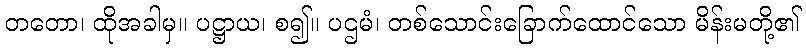
တတော၊ ထိုအခါမှ။ ပဋ္ဌာယ၊ စ၍။ ပဌမံ၊ တစ်သောင်းခြောက်ထောင်သော မိန်းမတို့၏